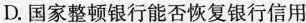
D.国家整顿银行能否恢复银行信用